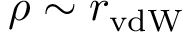
\rho \sim r _ { \mathrm { v d W } }